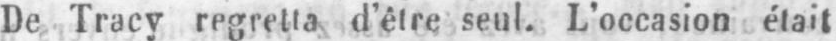
De Tracy regretta d’être seul. L’occasion était